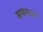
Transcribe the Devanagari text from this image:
सफसयों